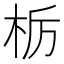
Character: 栃